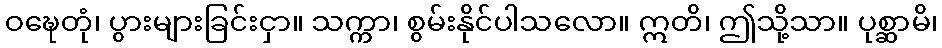
ဝဍ္ဎေတုံ၊ ပွားများခြင်းငှာ။ သက္ကာ၊ စွမ်းနိုင်ပါသလော။ ဣတိ၊ ဤသို့သာ။ ပုစ္ဆာမိ၊